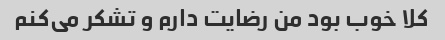
کلا خوب بود من رضایت دارم و تشکر می‌کنم